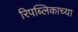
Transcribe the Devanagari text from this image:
रिपब्लिकाच्या